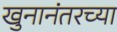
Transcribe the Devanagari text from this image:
खुनानंतरच्या